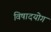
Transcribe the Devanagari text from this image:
विषादयोग